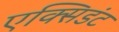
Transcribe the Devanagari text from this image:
एक्सिडंट